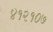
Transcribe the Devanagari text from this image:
४१२१०७